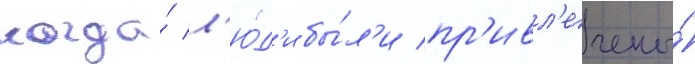
когда́ л'ю́д'и бы́л'и пр'ивл'ечены́